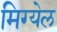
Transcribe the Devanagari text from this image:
मिग्येल